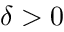
\delta > 0